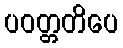
ပဝတ္တတိပေ